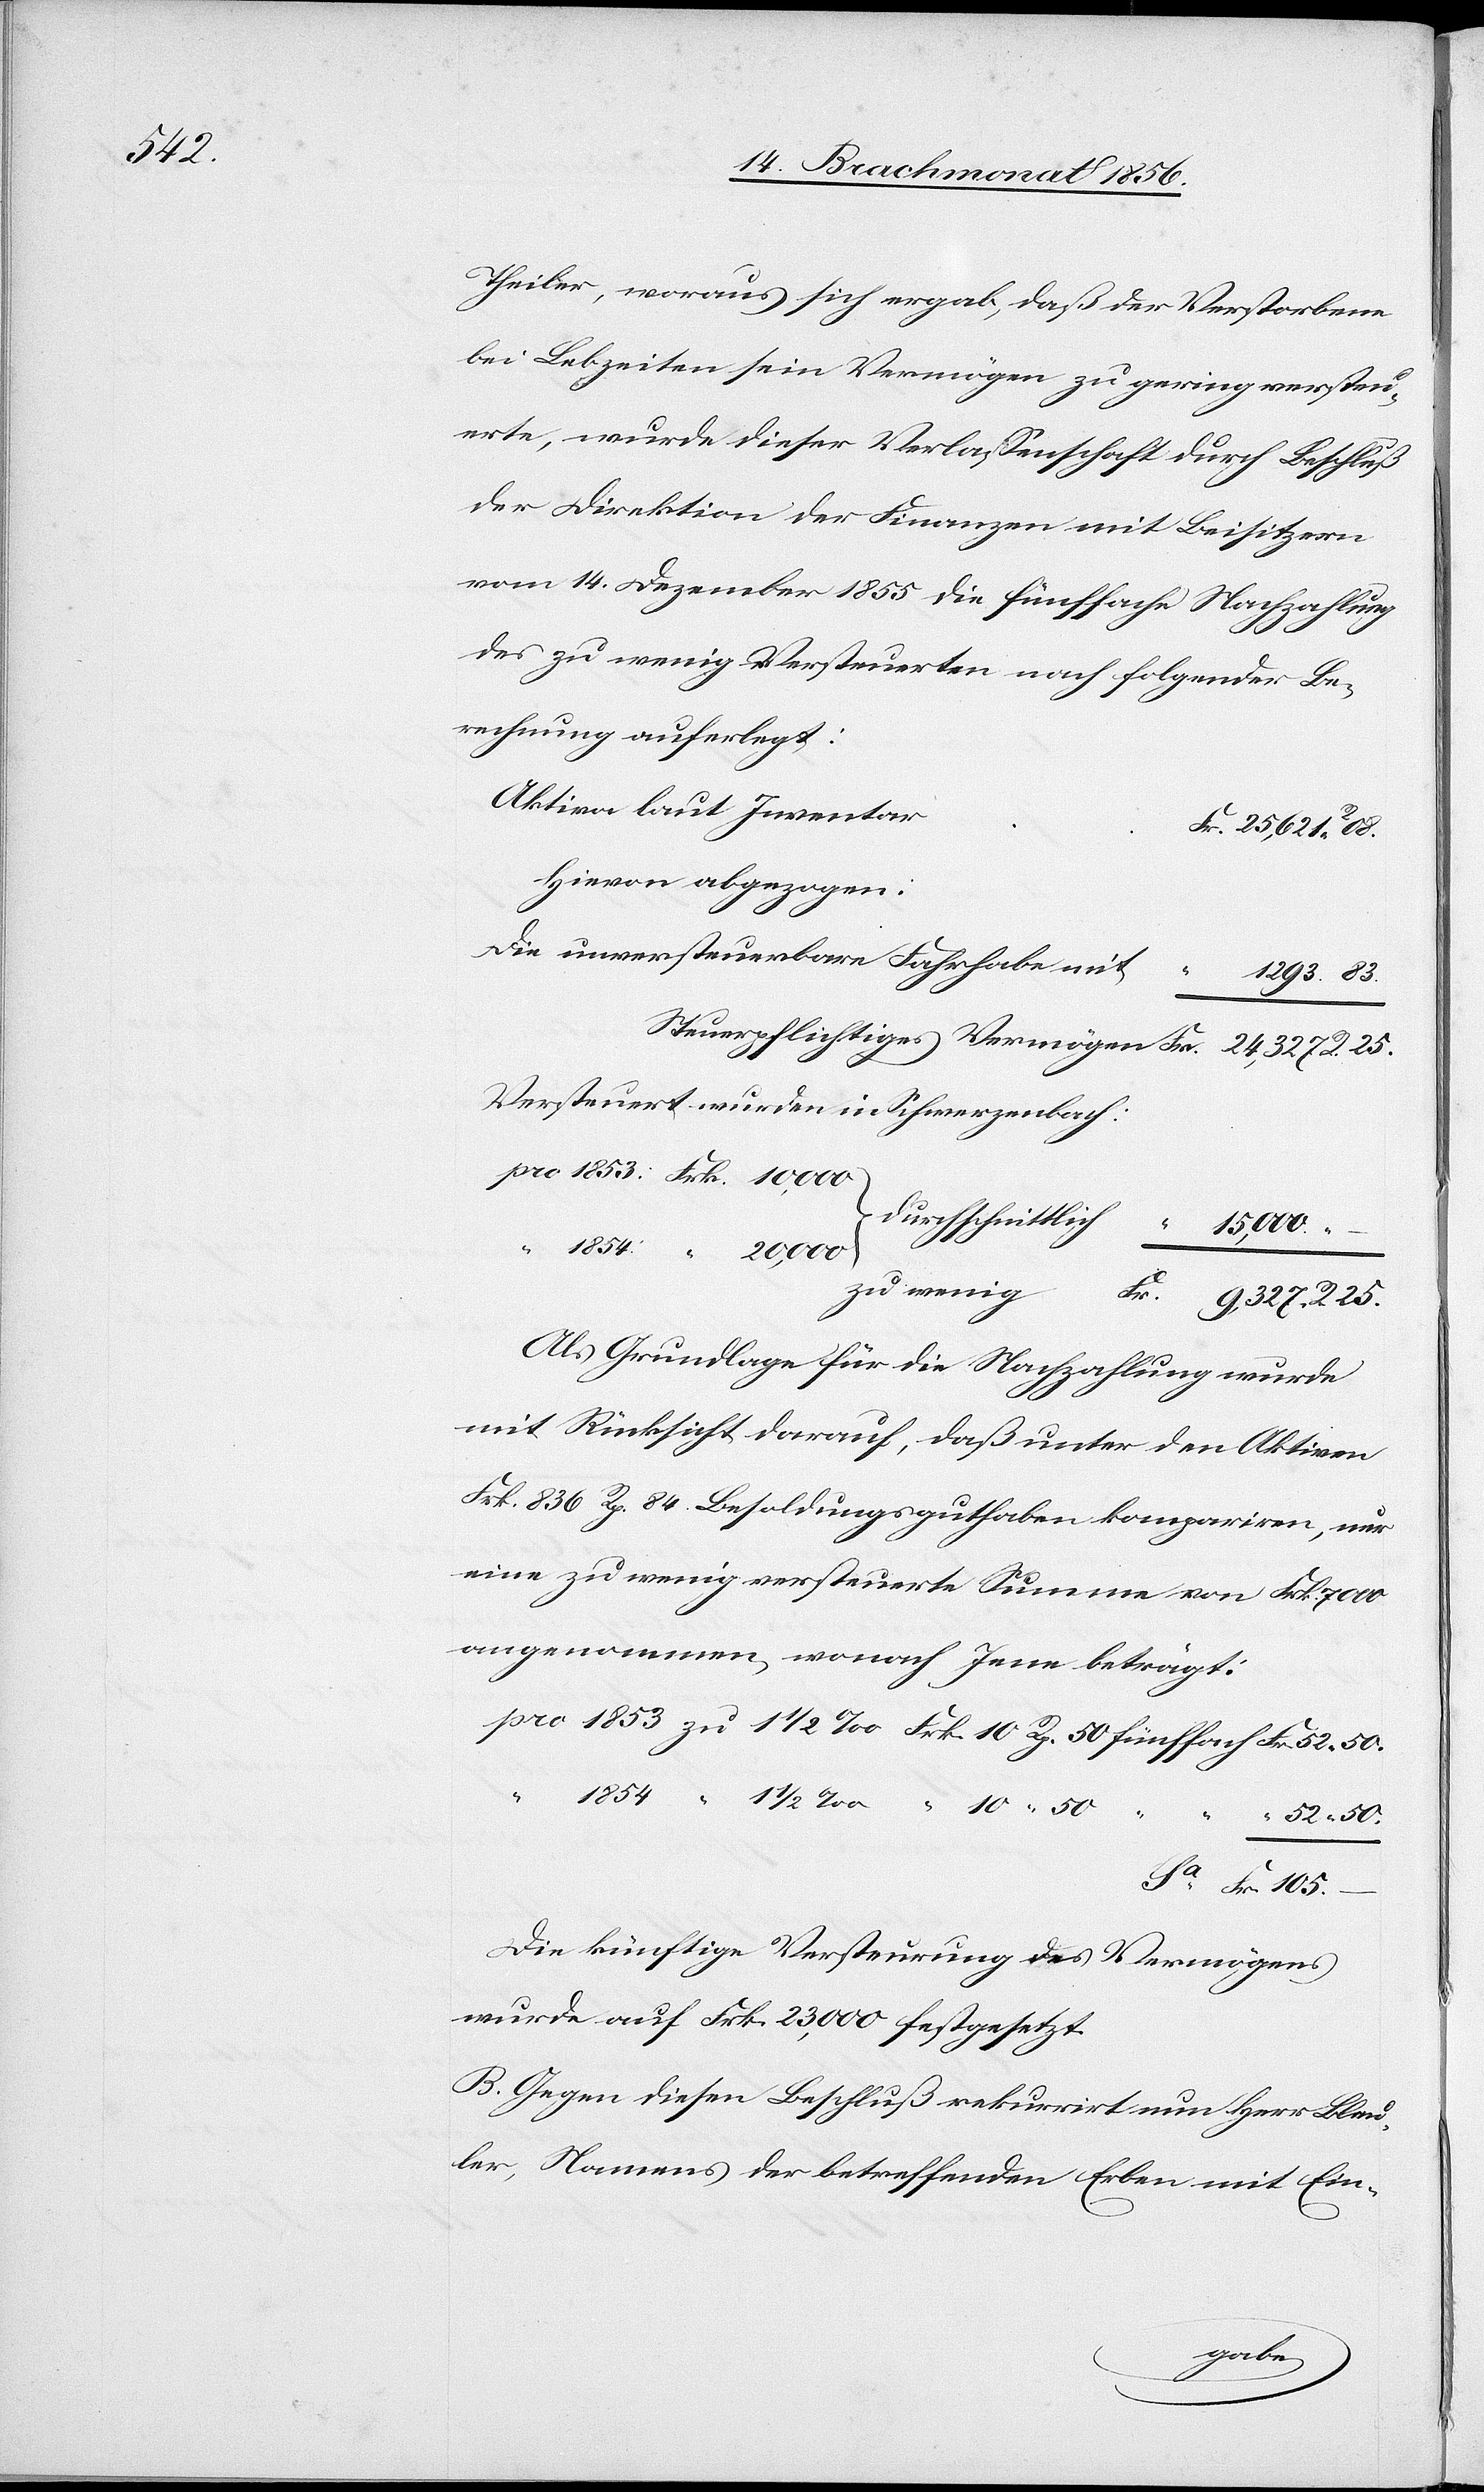
105.

Theiler, woraus sich ergab, daß der Verstorbene
bei Lebzeiten sein Vermögen zu gering versteu¬
erte, wurde dieser Verlassenschaft durch Beschluß
der Direktion der Finanzen mit Beisitzern
vom 14. Dezember 1855 die fünffache Nachzahlung
des zu wenig Versteuerten nach folgender Be¬
rechnung auferlegt:
Aktiva laut Inventar
Hievon abgezogen:
die unversteuerbare Fahrhabe mit
Versteuert wurden in Schwerzenbach:
pro 1853: Frk. 10,000
durchschnittlich
“ 1854: “ 20,000
Als Grundlage für die Nachzahlung wurde
mit Rücksicht darauf, daß unter den Aktiven
Frk. 836 Rp. 84 Besoldungsguthaben kompariren, nur
eine zu wenig versteuerte Summe von Frk. 7000
angenommen, wonach Jene beträgt:
Die künftige Versteurung des Vermögens
wurde auf Frk. 23,000 festgesetzt.
B. Gegen diesen Beschluß rekurrirt nun Herr Bleu¬
ler, Namens der betreffenden Erben mit Ein-